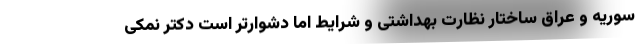
سوریه و عراق ساختار نظارت بهداشتی و شرایط اما دشوارتر است دکتر نمکی